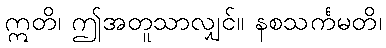
ဣတိ၊ ဤအတူသာလျှင်။ နစသင်္ကမတိ၊